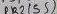
Text: PB2